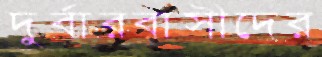
দুর্বারবাসীদের